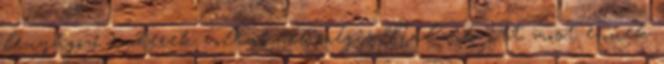
lenyűgöző emberek voltak, és mégis Nálunk itt most ennek